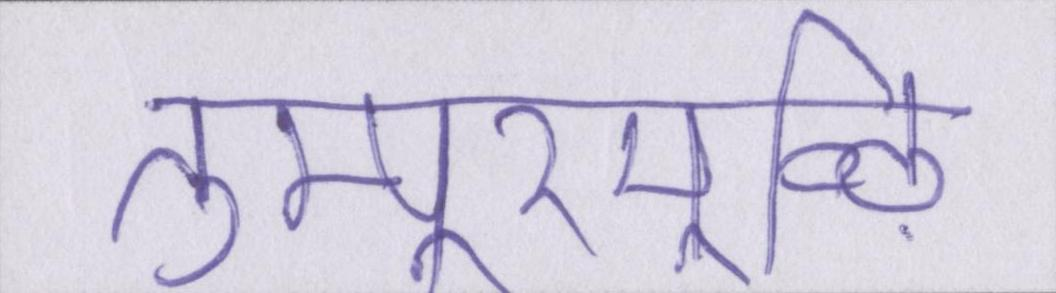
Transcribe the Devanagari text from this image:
तुम्पूरमूऴि